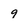
Character: 9